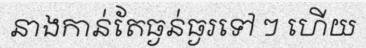
នាងកាន់តែធ្ងន់ធ្ងរទៅ ៗ ហើយ